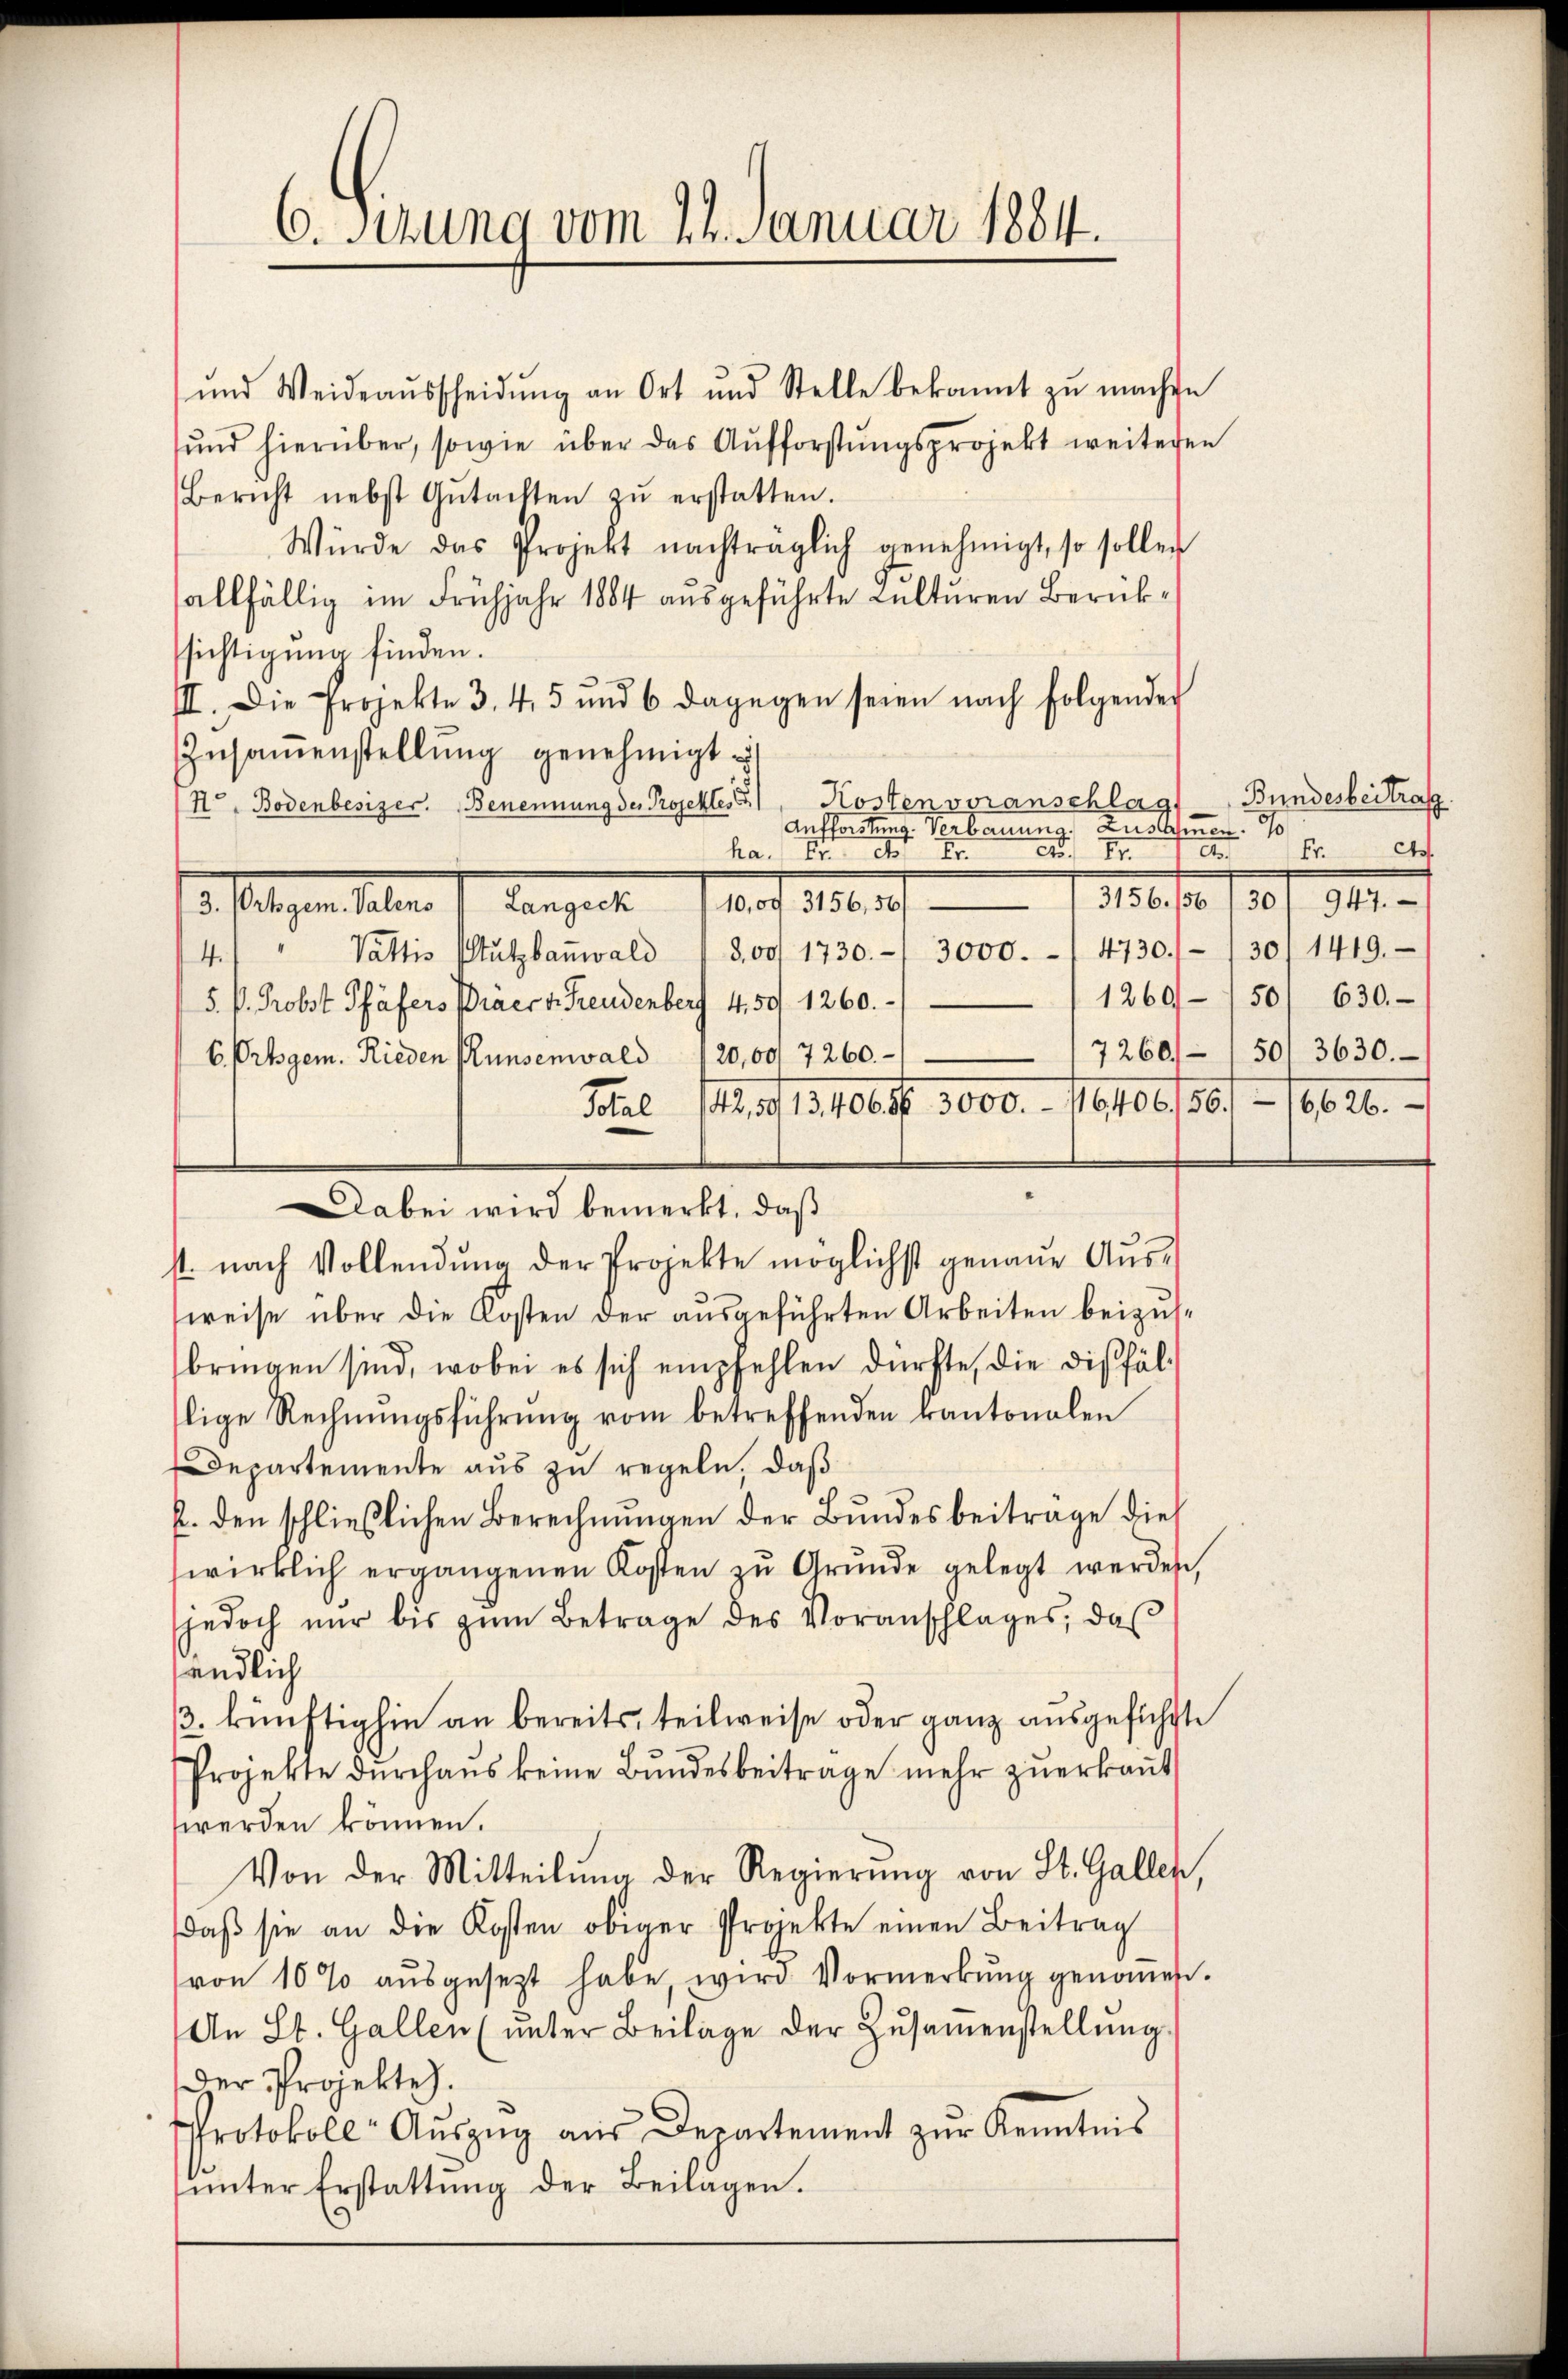
6. Sitzung vom 24. Januar 1884.

und Weideaŭsscheidŭng an Ort und Stelle bekannt zŭ machen
ŭnd hierüber, sowie über das Aufforstŭngsprojekt weiteren
Bericht nebst Gŭtachten zŭ erstatten.
Würde das Projekt nachträglich genehmigt, so sollen
allfällig im Frühjahr 1884 ausgeführte Kulturen Berückssichtigung finden.
III. Die Projekte 3. 45 und 6 dagegen seien nach folgender
Zusammenstellung genehmigt
Hr. Bodenbesizer. Benennung des Projektes Kosten voranschlag,
Aufforstung. Verb
ka. Er der F. II
Vattis Stutzbanwald 13,00/ 1730. 3000.- 4730//30/ 1419.
4
5. V. Probst Pfäfers Präer v. Freudenberg 4,50 1260.
6. Ortsgem. Rieden unsenwald 120,00 7260.
Total 142,59/13,40656. 3000.- 116406/56.
Dabei wird bemerkt, daß
st nach Vollendŭng der Projekte möglichst genaue Aŭs-
weise über die Kosten der ausgeführten Arbeiten beizusbringen sind, wobei es sich empfehlen dürfte, die dißfällige Rechnŭngsführŭng vom betreffenden kantonalen
Departemente aus zu regeln, daß
p. den schließlichen Berechnŭngen der Bŭndesbeitrage dies
wirklich ergangenen Kosten zŭ Gründe gelegt werden,
jedoch nŭr bis zŭm Betrage des Voranschlages, daß
endlich
3. künftighin an bereits, teilweise oder ganz ausgeführte
Projekte dŭrchaus keine Bŭndesbeitrage mehr zŭerkaṅt
werden können.
Von der Mitteilŭng der Regierŭng von St. Gallen
daβ sie an die Kosten obiger Projekte einen Beitrag
von 10% aŭsgesezt habe, wird Vormerkŭng genoṁen.
An St. Gallen (unter Beilage der Zŭsaṁenstellŭng.
cher Projekte.
Protokoll- Aŭszŭg aŭs Departement zŭr Kenntnis
ŭnter Erstattŭng der Beilagen.

. folgen aber 1. Bergerte auf 1. 2.

Bundesbeitrafg
Zustimmen. 90
c.
a
Fr.
100 fl. 120 f. 312.
1260/50/ 630.
7260. 501 3630.
6626.